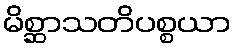
မိစ္ဆာသတိပစ္စယာ